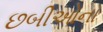
છબીઓના